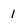
Character: 1